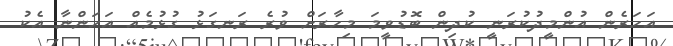
އަހަރެން އުންމީދުކުރަނީ ކުދިން ބޮޑުވީމަ މިހާރަށް ވުރެ ރަނގަޅު ގުޅުމެއް އަހަންނާ އެކު